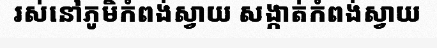
រស់នៅភូមិកំពង់ស្វាយ សង្កាត់កំពង់ស្វាយ